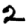
Digit: 2